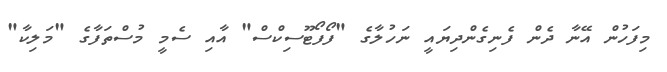
މިފަހުން އޭނާ ދެން ފެނިގެންދިޔައީ ނަހުލާގެ "ފޯފޯޓޫސިކްސް" އާއި ސެމީ މުސްތަފާގެ "މަލިކާ"